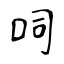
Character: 呞